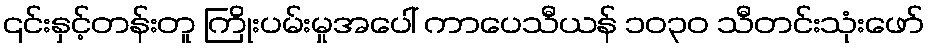
၎င်းနှင့်တန်းတူ ကြိုးပမ်းမှုအပေါ် ကာပေသီယန် ၁၀၃၀ သီတင်းသုံးဖော်